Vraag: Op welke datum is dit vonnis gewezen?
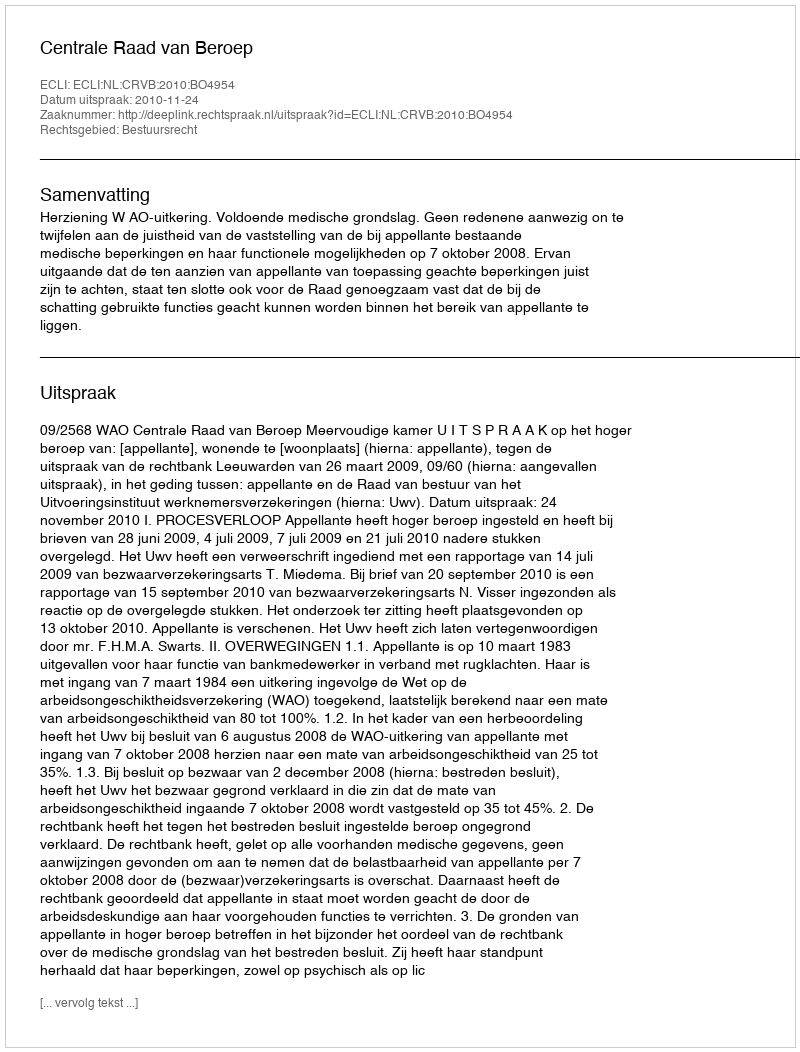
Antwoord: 2010-11-24